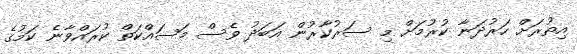
އިތުރަށް ހަރުދަނާ ކުރުމަށް މި ސަރުކާރުން އަބަދު ވެސް މަސައްކަތް ކުރައްވާނެ ކަމުގެ